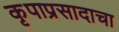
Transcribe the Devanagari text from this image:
कृपाप्रसादाचा